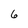
Character: 6